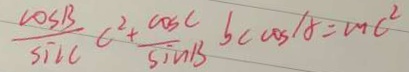
\frac { \cos B } { \sin c } C ^ { 2 } + \frac { \cos C } { \sin B } b c \cos A = m c ^ { 2 }